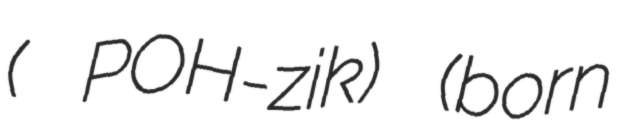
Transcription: ( POH-zik) (born